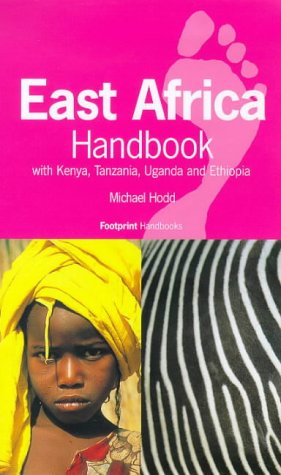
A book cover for East Africa Handbook: With Kenya, Tanzania, Uganda and Ethiopia (4th ed); Michael Hodd; Travel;